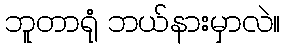
ဘူတာရုံ ဘယ်နားမှာလဲ။